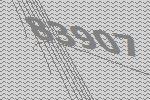
83907